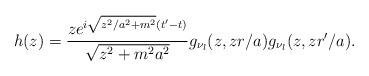
LaTeX: \begin{align*}h(z)=\frac{ze^{i\sqrt{z^{2}/a^{2}+m^{2}}(t^{\prime}-t)}}{\sqrt{z^{2}+m^{2}a^{2}}}g_{\nu _{l} }(z,zr/a)g_{\nu _{l}}(z,zr^{\prime }/a). \end{align*}